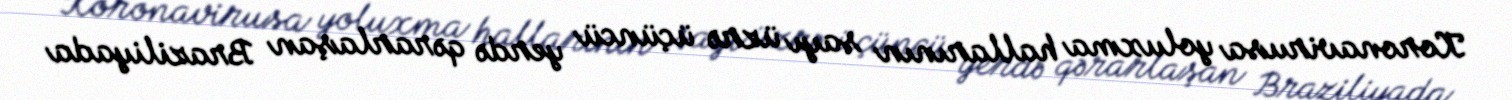
Koronavirusa yoluxma hallarının sayı üzrə üçüncü yerdə qərarlaşan Braziliyada